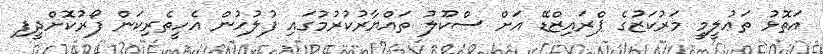
އަތޮޅު ތަޢުލީމީ މަރުކަޒުގެ ޕްރައިޒްޑޭ އަށް ސްކޫލު ތައްޔާރުކުރުމުގައި ފުލުހުން އެހީތެރިކަން ފޯރުކޮށްދީފި